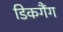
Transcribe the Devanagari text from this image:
डिकगैंग